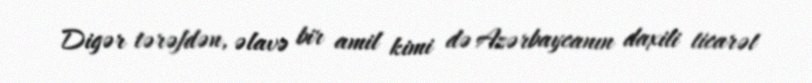
Digər tərəfdən, əlavə bir amil kimi də Azərbaycanın daxili ticarət